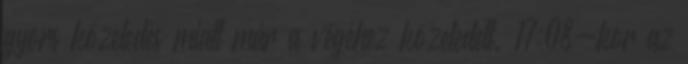
gyors közeledés miatt már a végéhez közeledett. 17:08-kor az